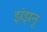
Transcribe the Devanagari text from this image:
झंझनू